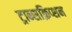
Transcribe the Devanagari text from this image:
ट्रान्सक्रिप्शन